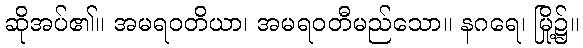
ဆိုအပ်၏။ အမရဝတိယာ၊ အမရဝတီမည်သော။ နဂရေ၊ မြို့၌။